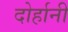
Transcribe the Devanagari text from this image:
दोर्हानी